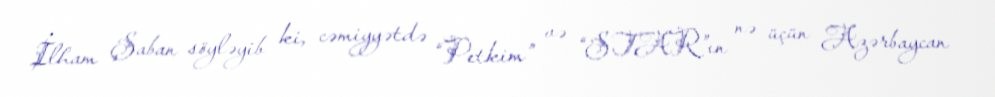
İlham Şaban söyləyib ki, cəmiyyətdə “Petkim” və “STAR”ın nə üçün Azərbaycan